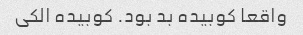
واقعا کوبیده بد بود. کوبیده الکی